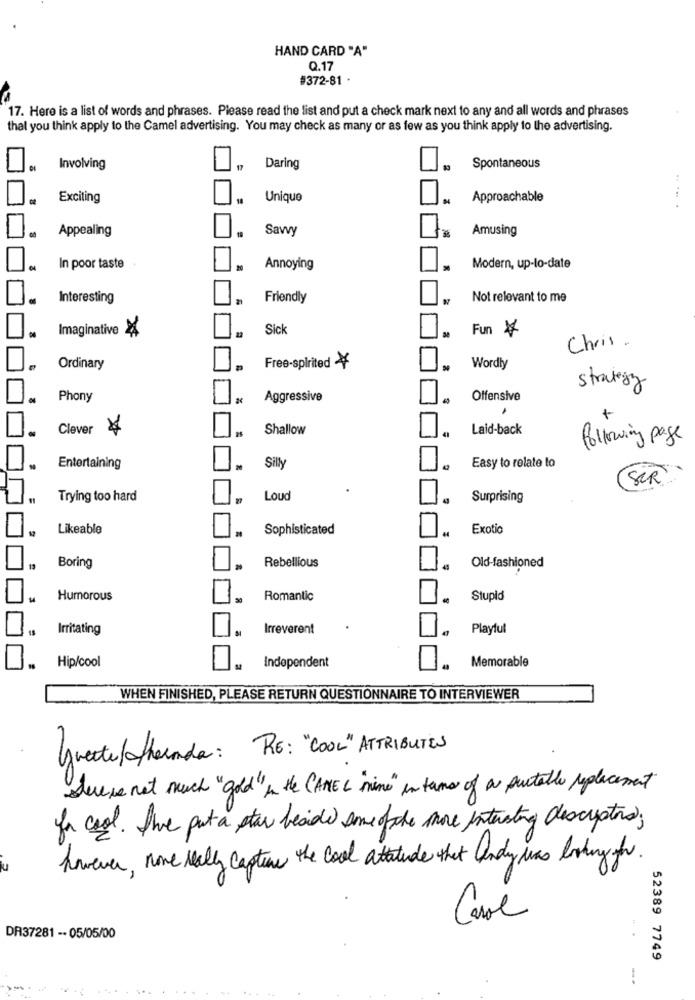
HAND CARD "A"
Q.17
#372-81 .
17. Here is a list of words and phrases. Please read the list and put a check mark next to any and all words and phrases
that you think apply to the Camel advertising. You may check as many or as few as you think apply to the advertising.
Involving
17
Daring
Spontaneous
Exciting
Unique
Approachable
.. ....
Appealing
Savvy
Amusing
In poor taste
Annoying
Modern, up-to-date
Interesting
Friendly
Not relevant to me
Imaginative
Sick
Fun
Chris
Ordinary
Free-spirited
Wordly
strategy
Phony
Aggressive
Offensive
Clever
Shallow
Laid-back
following page
Easy to relate to
Entertaining
Silly
SCR
Trying too hard
Loud
Surprising
Likeable
Sophisticated
Exotic
Rebellious
Boring
Old-fashioned
Humorous
30
Romantic
Stupid
Irritating
Irreverent
Playful
Hip/cool
Memorable
Independent
WHEN FINISHED, PLEASE RETURN QUESTIONNAIRE TO INTERVIEWER
Greatertheunde: RE: "COOL" ATTRIBUTES
Sevess not much "god" In the CAME L " nine" in terms of a portable placement
for cool. the put a star beside some ofthe more interesting descriptors;
however, none really capture the cool attitude that Andy was loking for.
Carol
DR37281 -- 05/05/00
52389 7749